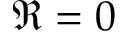
\Re = 0